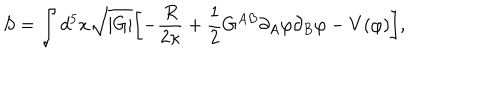
S = \int d ^ { 5 } x \sqrt { | G | } \biggl [ - \frac { R } { 2 \kappa } + \frac { 1 } { 2 } G ^ { A B } \partial _ { A } \varphi \partial _ { B } \varphi - V ( \varphi ) \biggr ] ,